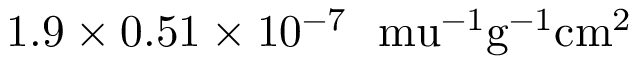
1 . 9 \times 0 . 5 1 \times 1 0 ^ { - 7 } ~ \mathrm { \ m u ^ { - 1 } g ^ { - 1 } c m ^ { 2 } }